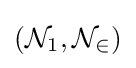
({\mathcal {N}}_{1},{\mathcal {N_{2}}})